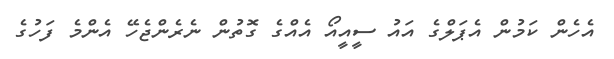
އެހެން ކަމުން އެޕަލްގެ އައު ސީއީއޯ އެއްގެ ގޮތުން ނެރެންޖެހޭ އެންމެ ފަހުގެ